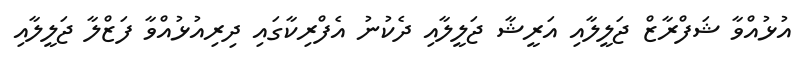
އުޅުއްވާ ޝަފްރާޒް ޖަލީލާއި އަރީޝާ ޖަލީލާއި ދެކުނު އެފްރިކާގައި ދިރިއުޅުއްވާ ފަޒްލާ ޖަލީލާއި